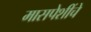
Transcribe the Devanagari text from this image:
मासपेशींचे